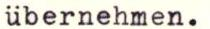
übernehmen.